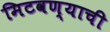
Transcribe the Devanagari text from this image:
मिटवण्याची